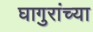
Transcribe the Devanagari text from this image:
घागुरांच्या